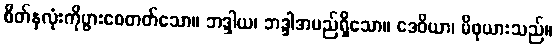
စိတ်နှလုံးကိုပွားစေတတ်သော။ ဘဒ္ဒါယ၊ ဘဒ္ဒါအမည်ရှိသော။ ဒေဝိယာ၊ မိဖုယားသည်။